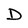
Character: D